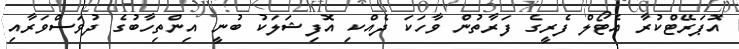
އޮޕަރޭޓްކުރާ އެޓޯލް ފެރީގެ ފަރާތުން ވާހަކަ ދެއްކި އޮފިޝަލަކު ބުނީ އިންތިހާބުގެ ދުވަސްވަރާއި